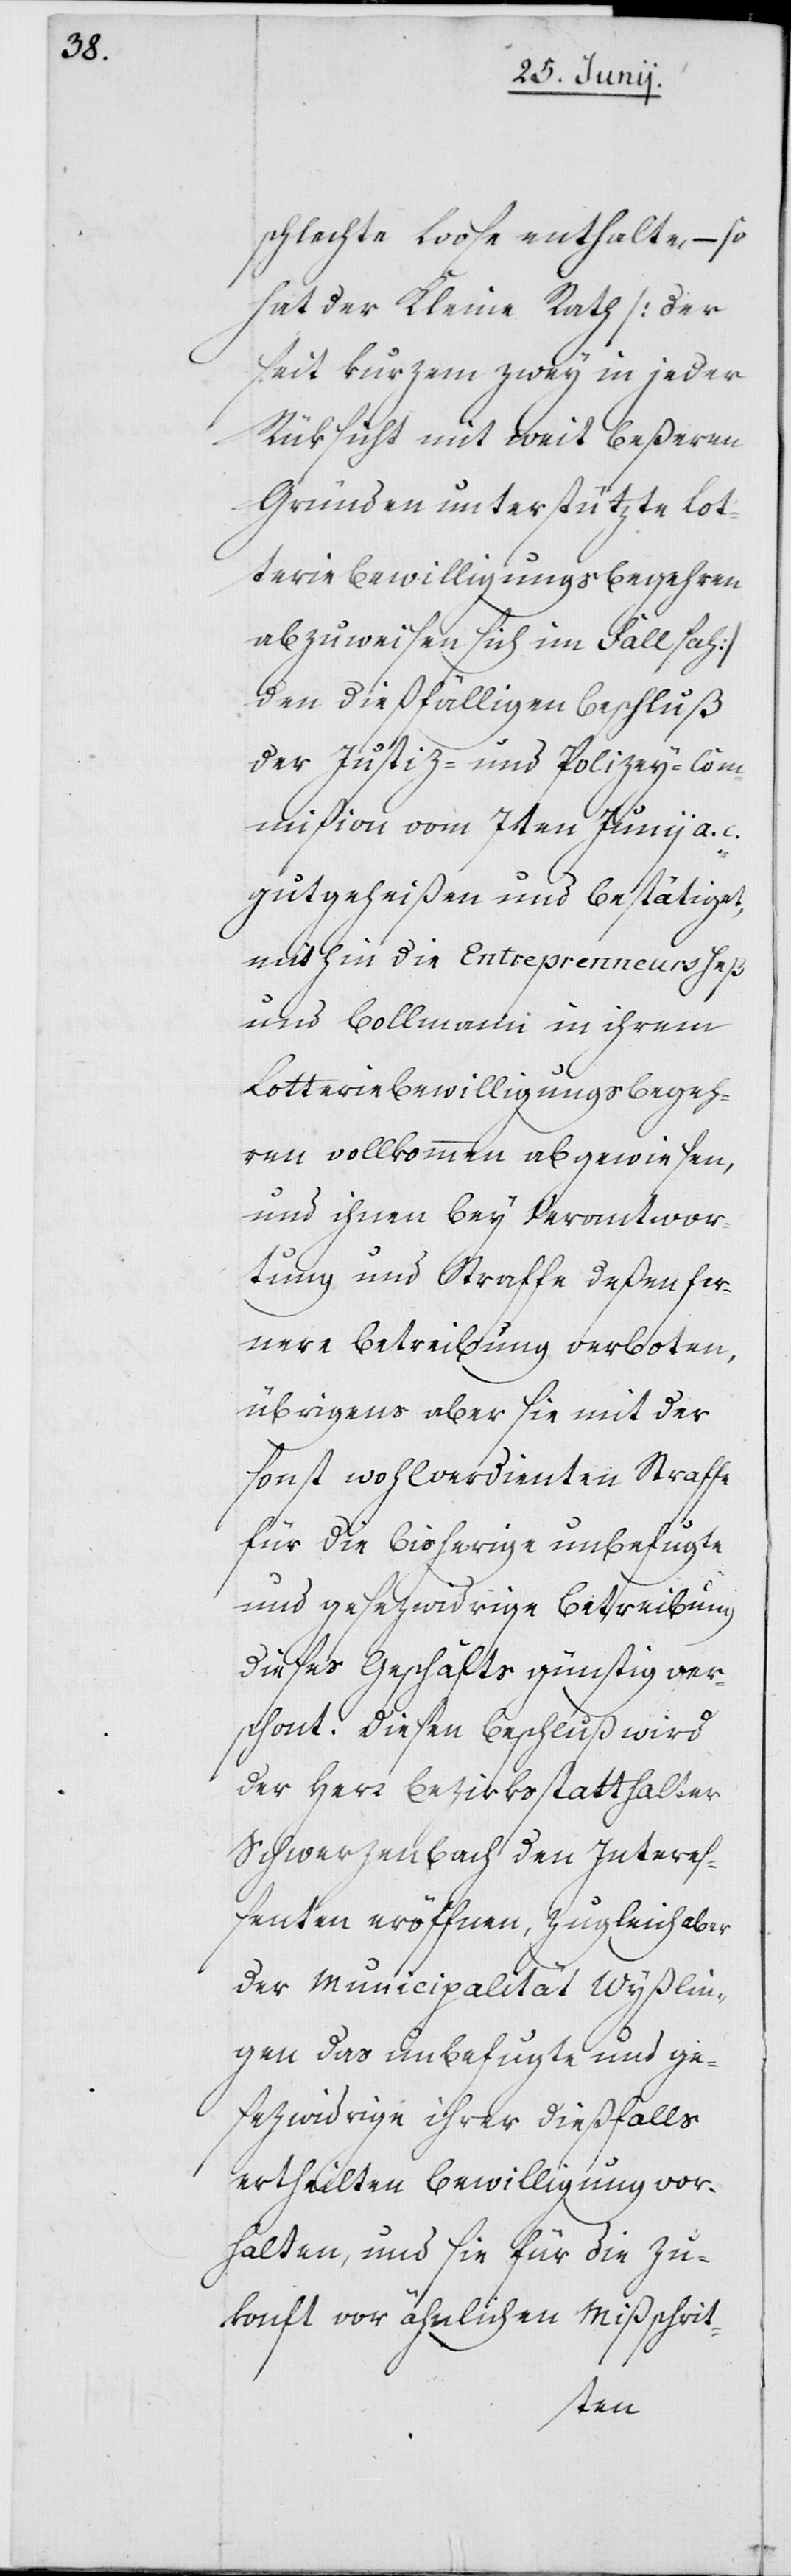
schlechte Loose enthalte, – so
hat der Kleine Rath [der
seit kurzem zwey in jeder
Rüksicht mit weit beßeren
Gründen unterstützte Lot¬
teriebewilligungsbegehren
abzuweisen sich im Fall sah]
den dießfälligen Beschluß
der Justiz- und Polizey-Com¬
mißion vom 7ten Junii a. c.
gutgeheißen und bestätiget,
mithin die Entreprenneurs Heß
und Bollmann in ihrem
Lotteriebewilligungsbegeh¬
ren vollkommen abgewiesen,
und ihnen bey Verantwor¬
tung und Straffe deßen fer¬
nere Betreibung verboten,
übrigens aber sie mit der
sonst wohlverdienten Straffe
für die bisherige unbefugte
und gesezwidrige Betreibung
dieses Geschäfts günstig ver¬
schont. Diesen Beschluß wird
der Herr Bezirksstatthalter
Schwerzenbach den Intereß¬
enten eröffnen, zugleich aber
der Municipalität Wyßlin¬
gen das unbefugte und ge¬
sezwidrige ihrer dießfalls
ertheilten Bewilligung vor¬
halten, und sie für die Zu¬
konft vor ähnlichen Mißschrit-